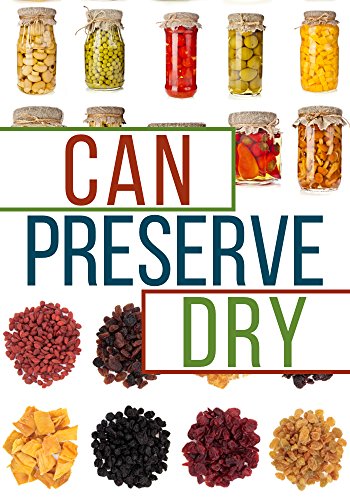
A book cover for Can, Preserve, and Dry: A Beginners Guide To Canning, Preserving, and Dehydrating your Food; Brian Night; Cookbooks, Food & Wine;